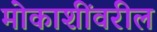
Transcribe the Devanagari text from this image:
मोकाशींवरील